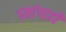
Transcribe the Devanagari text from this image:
पद्यांचाही